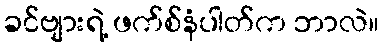
ခင်ဗျားရဲ့ ဖက်စ်နံပါတ်က ဘာလဲ။